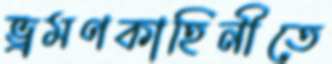
ভ্রমণকাহিনীতে